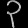
Digit: ၃